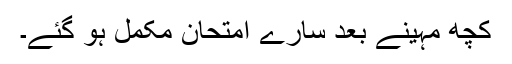
کچھ مہینے بعد سارے امتحان مکمل ہو گئے۔